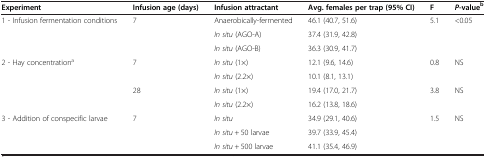
<table><thead><tr><td><b>Experiment</b></td><td><b>Infusion age (days)</b></td><td><b>Infusion attractant</b></td><td><b>Avg. females per trap (95% CI)</b></td><td><b>F</b></td><td><b><i>P</i>-value<sup>b</sup></b></td></tr></thead><tbody><tr><td rowspan="3">1 - Infusion fermentation conditions</td><td>7</td><td>Anaerobically-fermented</td><td>46.1 (40.7, 51.6)</td><td>5.1</td><td>&lt;0.05</td></tr><tr><td> </td><td><i>In situ</i> (AGO-A)</td><td>37.4 (31.9, 42.8)</td><td> </td><td> </td></tr><tr><td> </td><td><i>In situ</i> (AGO-B)</td><td>36.3 (30.9, 41.7)</td><td> </td><td> </td></tr><tr><td rowspan="2">2 - Hay concentration<sup>a</sup></td><td>7</td><td><i>In situ</i> (1×)</td><td>12.1 (9.6, 14.6)</td><td>0.8</td><td>NS</td></tr><tr><td> </td><td><i>In situ</i> (2.2×)</td><td>10.1 (8.1, 13.1)</td><td> </td><td> </td></tr><tr><td> </td><td>28</td><td><i>In situ</i> (1×)</td><td>19.4 (17.0, 21.7)</td><td>3.8</td><td>NS</td></tr><tr><td> </td><td> </td><td><i>In situ</i> (2.2×)</td><td>16.2 (13.8, 18.6)</td><td> </td><td> </td></tr><tr><td rowspan="2">3 - Addition of conspecific larvae</td><td>7</td><td><i>In situ</i></td><td>34.9 (29.1, 40.6)</td><td>1.5</td><td>NS</td></tr><tr><td> </td><td><i>In situ</i> + 50 larvae</td><td>39.7 (33.9, 45.4)</td><td> </td><td> </td></tr><tr><td> </td><td> </td><td><i>In situ</i> + 500 larvae</td><td>41.1 (35.4, 46.9)</td><td> </td><td> </td></tr></tbody></table>